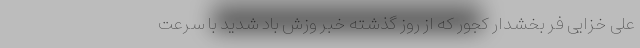
علی خزایی فر بخشدار کجور که از روز گذشته خبر وزش باد شدید با سرعت